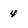
Character: 4